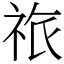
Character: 祣